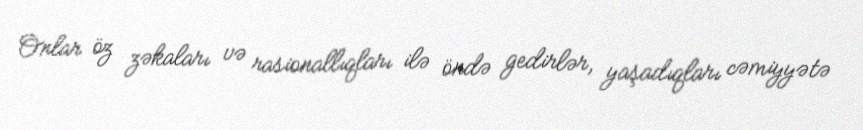
Onlar öz zəkaları və rasionallıqları ilə öndə gedirlər, yaşadıqları cəmiyyətə